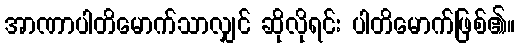
အာဏာပါတိမောက်သာလျှင် ဆိုလိုရင်း ပါတိမောက်ဖြစ်၏။